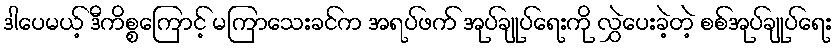
ဒါပေမယ့် ဒီကိစ္စကြောင့် မကြာသေးခင်က အရပ်ဖက် အုပ်ချုပ်ရေးကို လွှဲပေးခဲ့တဲ့ စစ်အုပ်ချုပ်ရေး